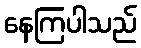
နေကြပါသည်